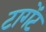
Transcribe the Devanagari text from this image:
टागेंट